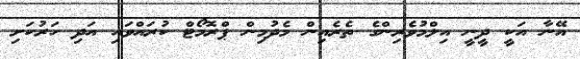
އޭނާ އަކީ ދީނީ އިލްމުވެރިންގެ ތެރެއިން މެދުމިން ޕްރޮމޯޓް ކުރައްވައި އަދި ހަރުކަށި